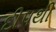
દીપથી